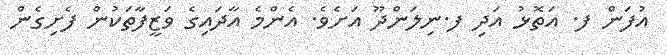
އުފަން ފ. އަތޮޅު އަދި ފ.ނިލަންދޫ އަށެވެ. އެންމެ އާދައިގެ ވަޒީފާތަކުން ފެށިގެން